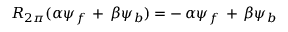
R _ { 2 \pi } ( { \alpha } { \psi } _ { f } \, + \, { \beta } { \psi } _ { b } ) = - \, { \alpha } { \psi } _ { f } \, + \, { \beta } { \psi } _ { b }